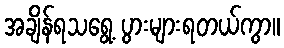
အချိန်ရသရွေ့ ပွားများရတယ်ကွာ။